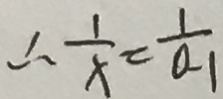
\therefore \frac { 1 } { x } = \frac { 1 } { a _ { 1 } }